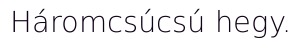
Háromcsúcsú hegy.